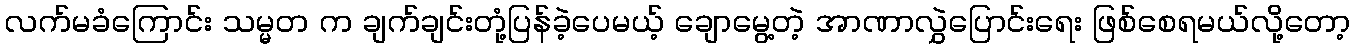
လက်မခံကြောင်း သမ္မတ က ချက်ချင်းတုံ့ပြန်ခဲ့ပေမယ့် ချောမွေ့တဲ့ အာဏာလွှဲပြောင်းရေး ဖြစ်စေရမယ်လို့တော့